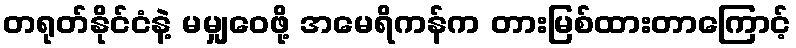
တရုတ်နိုင်ငံနဲ့ မမျှဝေဖို့ အမေရိကန်က တားမြစ်ထားတာကြောင့်